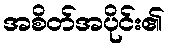
အစိတ်အပိုင်း၏